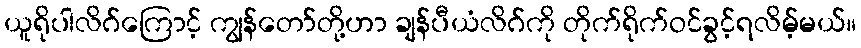
ယူရိုပါလိဂ်ကြောင့် ကျွန်တော်တို့ဟာ ချန်ပီယံလိဂ်ကို တိုက်ရိုက်ဝင်ခွင့်ရလိမ့်မယ်။